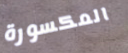
المكسورة